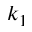
k _ { 1 }